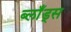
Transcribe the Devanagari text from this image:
ब्लाँड्स